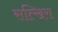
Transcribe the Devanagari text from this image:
सत्खिरा